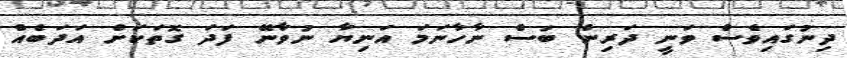
ދިނުގައިވެސް ވަނީ ދަރިން ބަސް ނާހާނަމަ އަނިޔާ ނުވާނޭ ފަދަ ގޮތަކަށް އަދަބެއް